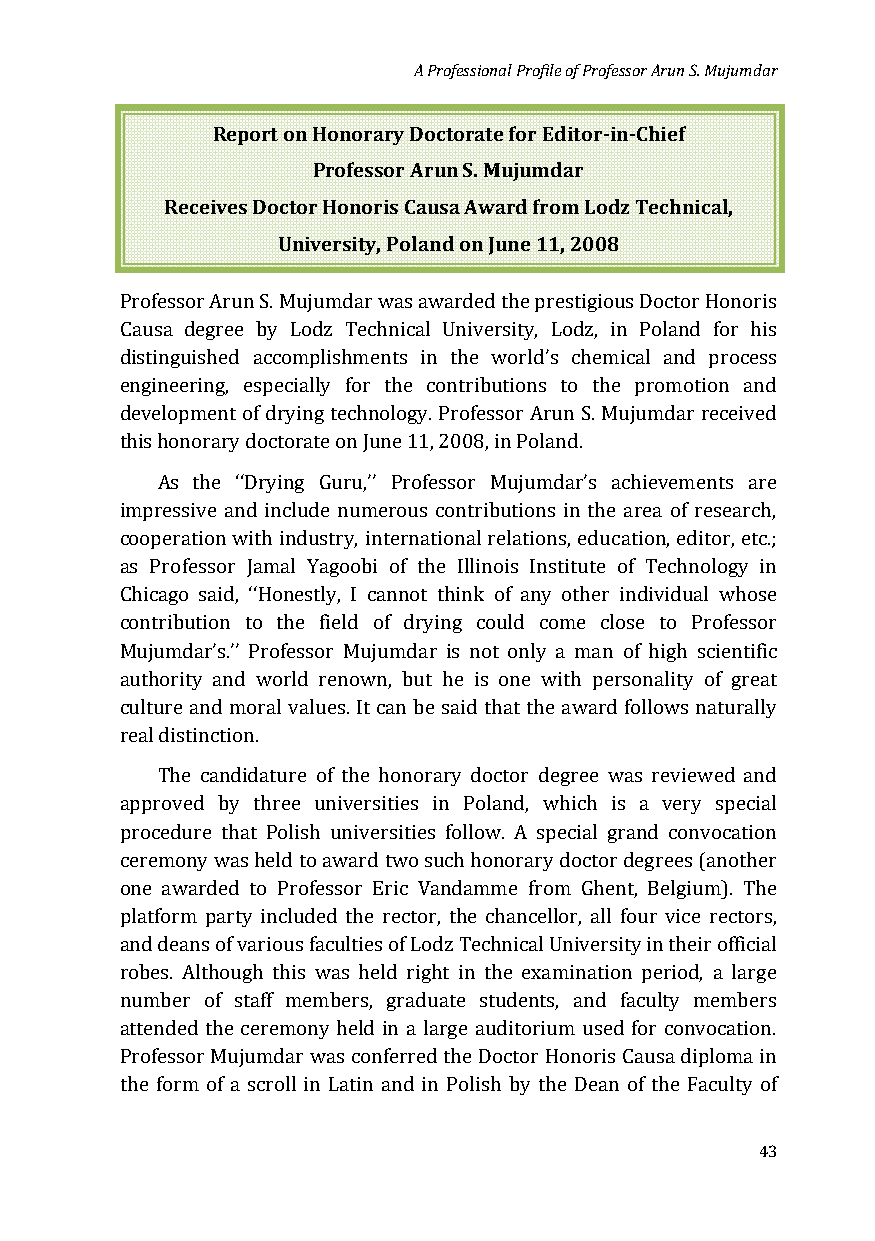
A Professional Profile of Professor Arun S. Mujumdar
 Report on Honorary Doctorate for Editor-in-Chief
 Professor Arun S. Mujumdar
 Receives Doctor Honoris Causa Award from Lodz Technical,
 University, Poland on June 11, 2008
 Professor Arun S. Mujumdar was awarded the prestigious Doctor Honoris
 Causa degree by Lodz Technical University, Lodz, in Poland for his
 distinguished accomplishments in the world’s chemical and process
 engineering, especially for the contributions to the promotion and
 development of drying technology. Professor Arun S. Mujumdar received
 this honorary doctorate on June 11, 2008, in Poland.
 As the ‘‘Drying Guru,’’ Professor Mujumdar’s achievements are
 impressive and include numerous contributions in the area of research,
 cooperation with industry, international relations, education, editor, etc.;
 as Professor Jamal Yagoobi of the Illinois Institute of Technology in
 Chicago said, ‘‘Honestly, I cannot think of any other individual whose
 contribution to the field of drying could come close to Professor
 Mujumdar’s.’’ Professor Mujumdar is not only a man of high scientific
 authority and world renown, but he is one with personality of great
 culture and moral values. It can be said that the award follows naturally
 real distinction.
 The candidature of the honorary doctor degree was reviewed and
 approved by three universities in Poland, which is a very special
 procedure that Polish universities follow. A special grand convocation
 ceremony was held to award two such honorary doctor degrees (another
 one awarded to Professor Eric Vandamme from Ghent, Belgium). The
 platform party included the rector, the chancellor, all four vice rectors,
 and deans of various faculties of Lodz Technical University in their official
 robes. Although this was held right in the examination period, a large
 number of staff members, graduate students, and faculty members
 attended the ceremony held in a large auditorium used for convocation.
 Professor Mujumdar was conferred the Doctor Honoris Causa diploma in
 the form of a scroll in Latin and in Polish by the Dean of the Faculty of
 43